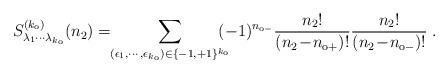
LaTeX: \begin{align*} S_{\lambda_1\cdots \lambda_{k_{\rm o}}}^{(k_{\rm o})}(n_2)= \!\! \sum_{(\epsilon_1,\cdots,\epsilon_{k_{\rm o}})\in\{-1,+1\}^{k_{\rm o}}}\!\!\!\! (-1)^{n_{{\rm o}-}} {\frac{n_2!}{(n_2\!-\!n_{{\rm o}+})!}} {\frac{n_2!}{(n_2\!-\!n_{{\rm o}-})!}}\;.\end{align*}